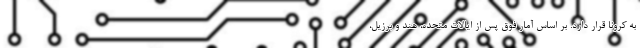
به کرونا قرار دارد. بر اساس آمار فوق پس از ایالات متحده، هند و برزیل،